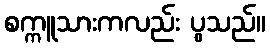
စက္ကူသားကလည်း ပွသည်။